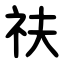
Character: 䃿